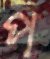
প